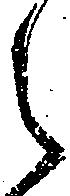
之